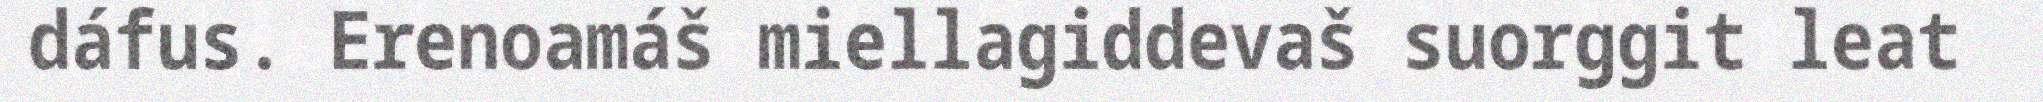
dáfus. Erenoamáš miellagiddevaš suorggit leat